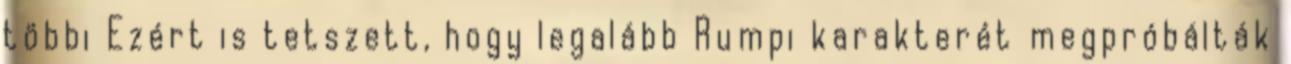
többi Ezért is tetszett, hogy legalább Rumpi karakterét megpróbálták